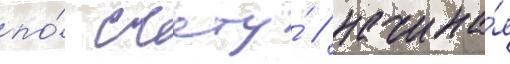
по́ счету́ / начина́я